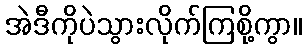
အဲဒီကိုပဲသွားလိုက်ကြစို့ကွာ။